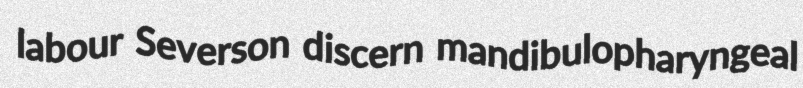
labour Severson discern mandibulopharyngeal